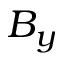
B _ { y }